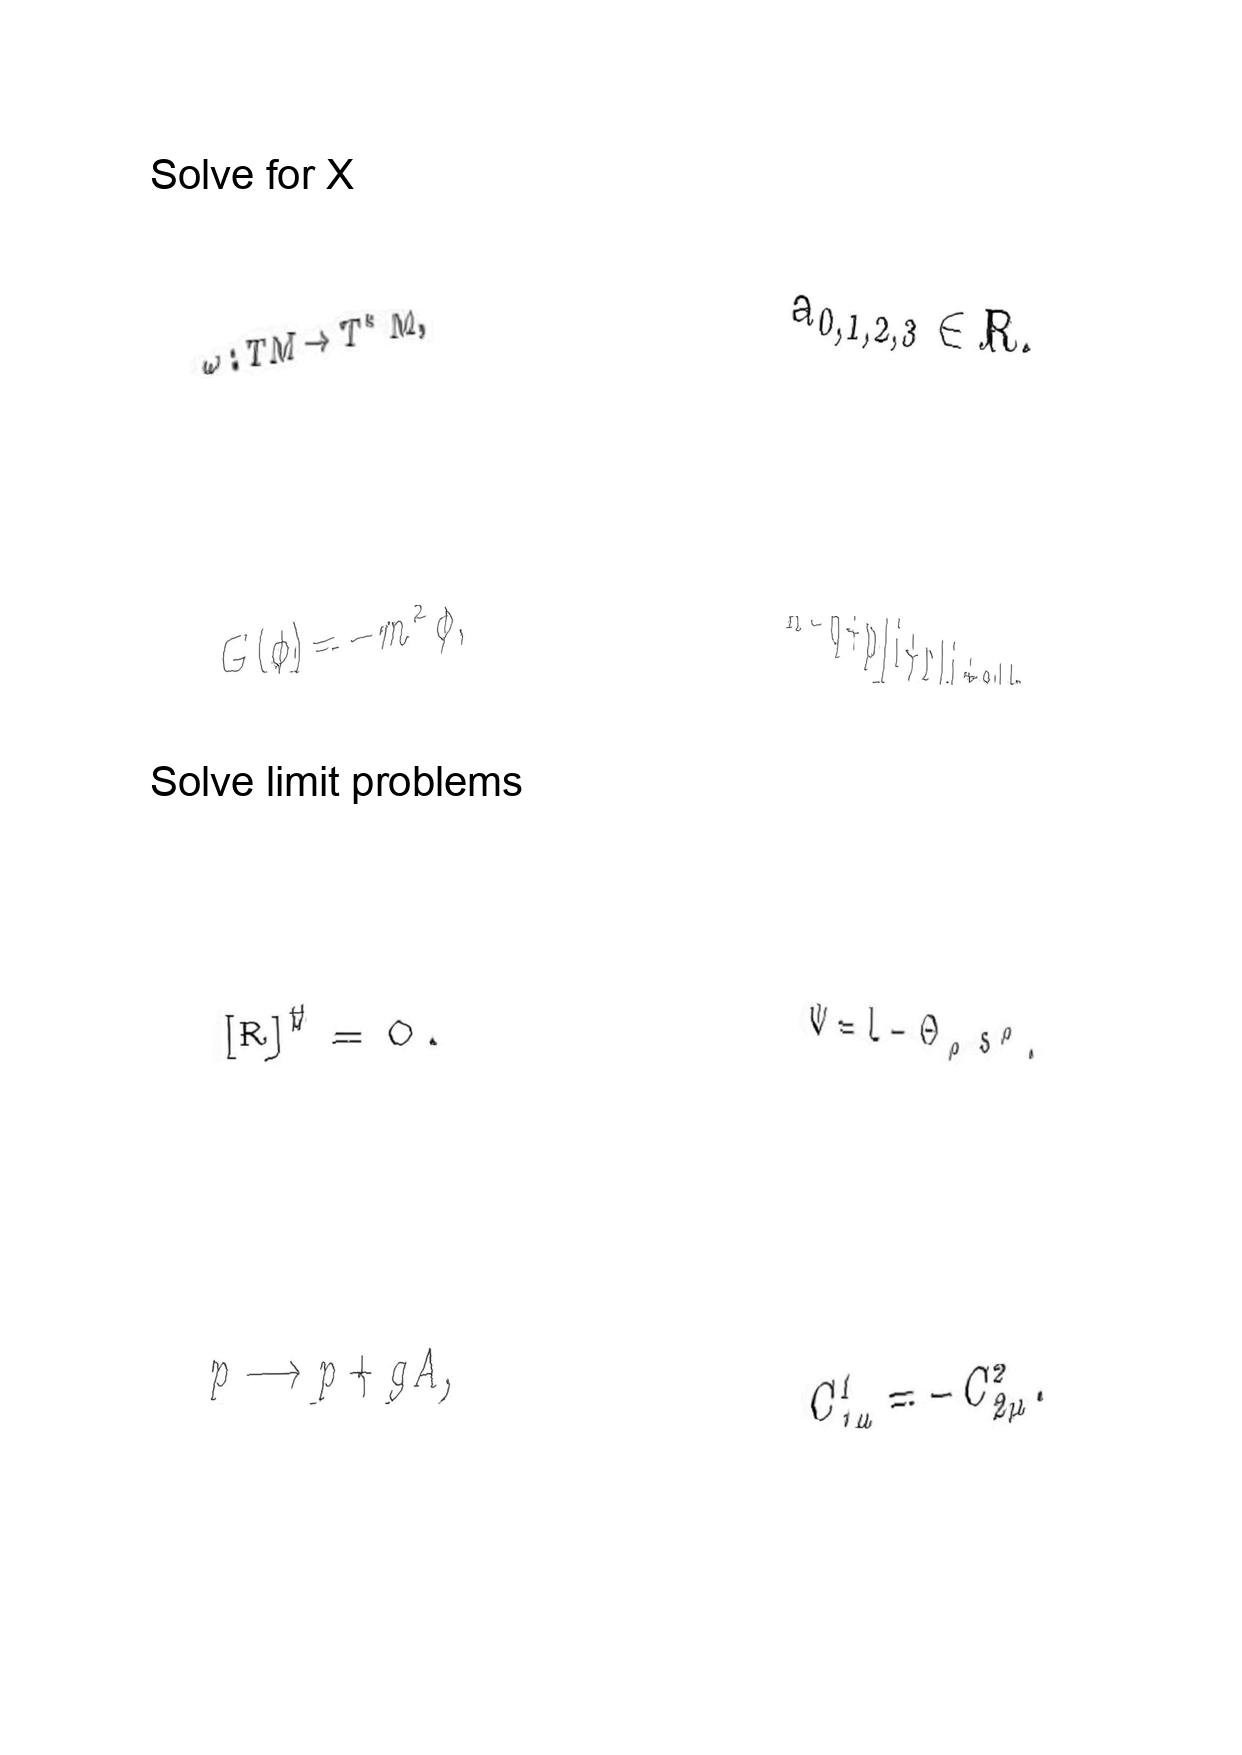
LaTeX transcription:
\omega : T M \rightarrow T ^ { \ast } M ,
G \lparen \phi \rparen = - m ^ { 2 } \phi ,
\lbrack R \rbrack ^ { \sharp } = 0 .
p \longrightarrow p + g A ,
a _ { 0 , 1 , 2 , 3 } \in R .
A = q + p \vert i + r \vert j + s \vert k ,
\Psi = L - \Theta _ { \rho } s ^ { \rho } .
C ^ { 1 } _ { 1 \mu } = - C ^ { 2 } _ { 2 \mu } .